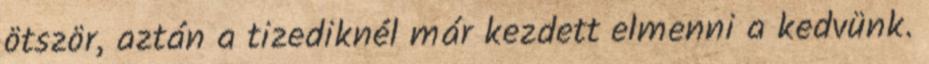
ötször, aztán a tizediknél már kezdett elmenni a kedvünk.